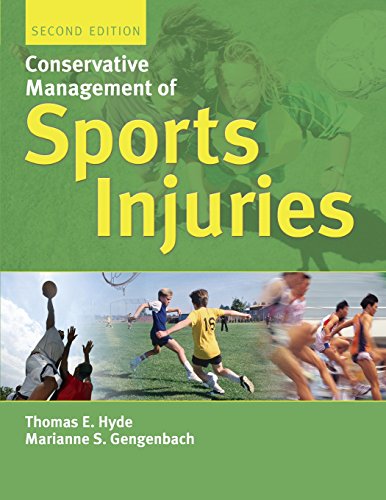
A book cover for Conservative Management Of Sports Injuries; Thomas E. Hyde; Medical Books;